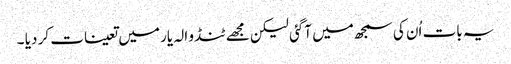
یہ بات اُن کی سمجھ میں آگئی لیکن مجھے ٹنڈو الہ یار میں تعینات کر دیا ۔